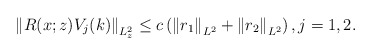
\begin{align*}\left\|R(x;z)V_{j}(k)\right\|_{L_z^{2}} \leq c\left(\left\|r_1\right\|_{L^{2}}+\left\|r_2\right\|_{L^{2}}\right),j=1,2.\end{align*}